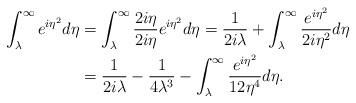
LaTeX: \begin{align*}\int_\lambda^\infty e^{i \eta^2} d\eta & = \int_\lambda^\infty \frac{2i\eta}{2i\eta} e^{i \eta^2} d\eta = \frac{1}{2i \lambda} + \int_{\lambda}^\infty \frac{e^{i\eta^2}}{2i\eta^2} d\eta \\& = \frac{1}{2i \lambda} - \frac{1}{4 \lambda^3} - \int_{\lambda}^\infty \frac{e^{i\eta^2}}{12\eta^4} d\eta.\end{align*}